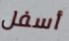
أسفل